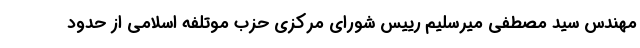
مهندس سید مصطفی میرسلیم رییس شورای مرکزی حزب موتلفه اسلامی از حدود